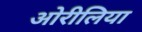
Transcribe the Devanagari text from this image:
ओरीलिया